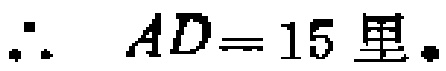
\(\therefore AD = 15 \text{ 里}.\)